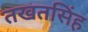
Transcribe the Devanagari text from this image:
तखतसिंह